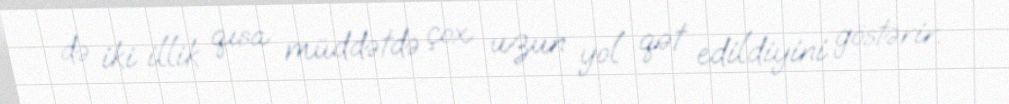
də iki illik qısa müddətdə çox uzun yol qət edildiyini göstərir.